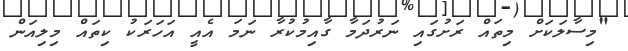
"މިސާލަކަށް މިތައް ރަށުގައި ނަރުދަމާ ގާއިމުކުރާ ނަމަ އެއީ އަހަރަކު ކިތައް މިލިއަން